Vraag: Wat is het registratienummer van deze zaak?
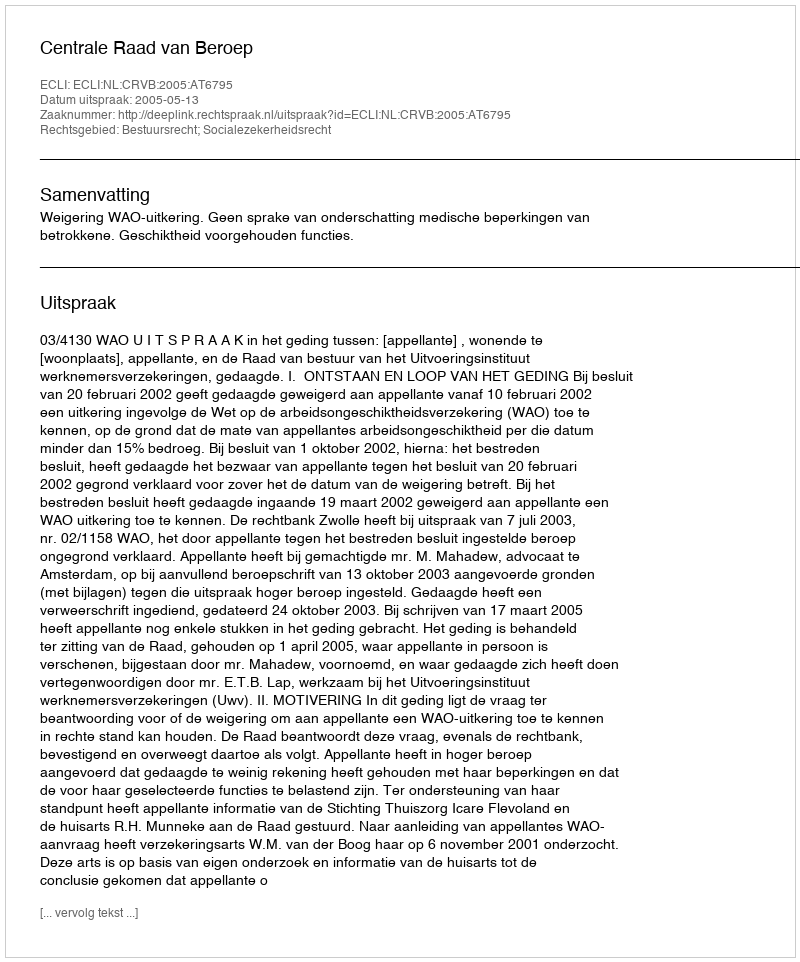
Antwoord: http://deeplink.rechtspraak.nl/uitspraak?id=ECLI:NL:CRVB:2005:AT6795